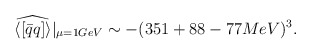
\begin{align*}\widehat{\langle[\bar q q]\rangle}|_{\mu=1GeV}\sim -(351+88-77 MeV)^{3}.\end{align*}